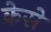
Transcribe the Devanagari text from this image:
क्रेसे